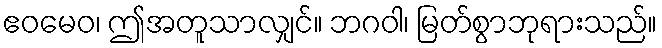
ဧဝမေဝ၊ ဤအတူသာလျှင်။ ဘဂဝါ၊ မြတ်စွာဘုရားသည်။